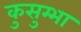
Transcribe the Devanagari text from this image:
कुसुम्भा